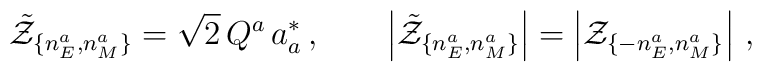
\tilde{\cal Z}_{\{n^{a}_{E},n_{M}^a\}} = \sqrt{2}\,Q^a\, a_a^*\,,\qquad\left|\tilde{\cal Z}_{\{n^{a}_{E},n_{M}^a\}}\right|=\left|{\cal Z}_{\{-n^{a}_{E},n_{M}^a\}}\right|\,,